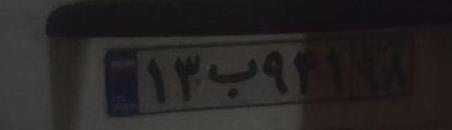
۱۳ب۹۴۱۹۸